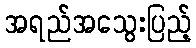
အရည်အသွေးပြည့်